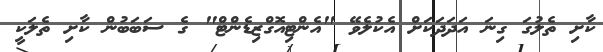
ކާށި ތެލުގަ ގިނަ އަދަދަކަށް އެކުލެވޭ "އެންޓިއޮގްޒިޑެންޓް" ގެ ސަބަބުން ކާށި ތެލަކީ